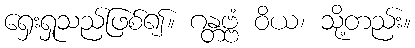
ရှေးရှုသည်ဖြစ်၍။ ဂန္တဗ္ဗံ ဝိယ၊ သို့တည်း။